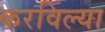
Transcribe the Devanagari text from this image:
करविल्या